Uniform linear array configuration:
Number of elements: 32
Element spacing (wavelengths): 0.25
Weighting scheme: exponential
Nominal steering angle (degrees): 45
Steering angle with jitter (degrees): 44.232
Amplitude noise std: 0.05
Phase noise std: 0.05

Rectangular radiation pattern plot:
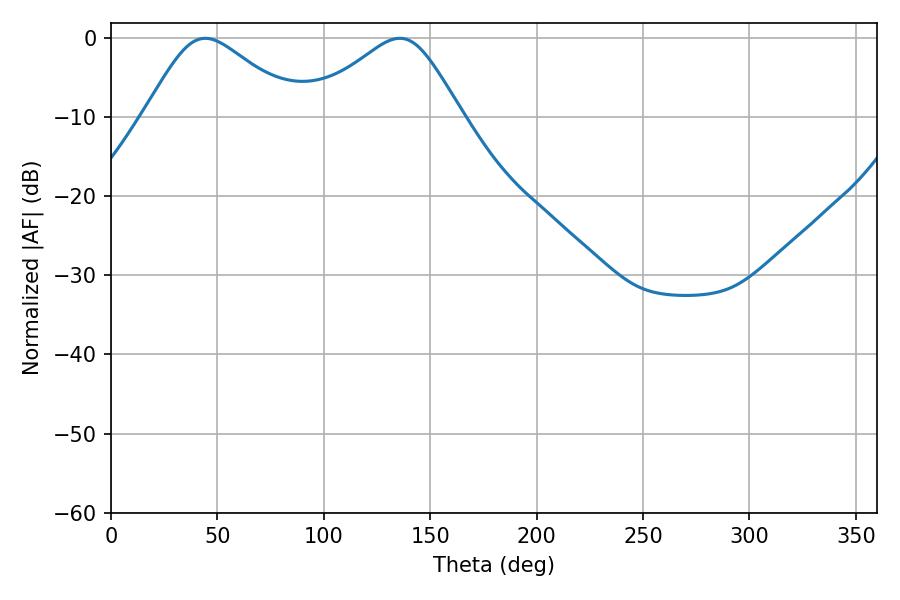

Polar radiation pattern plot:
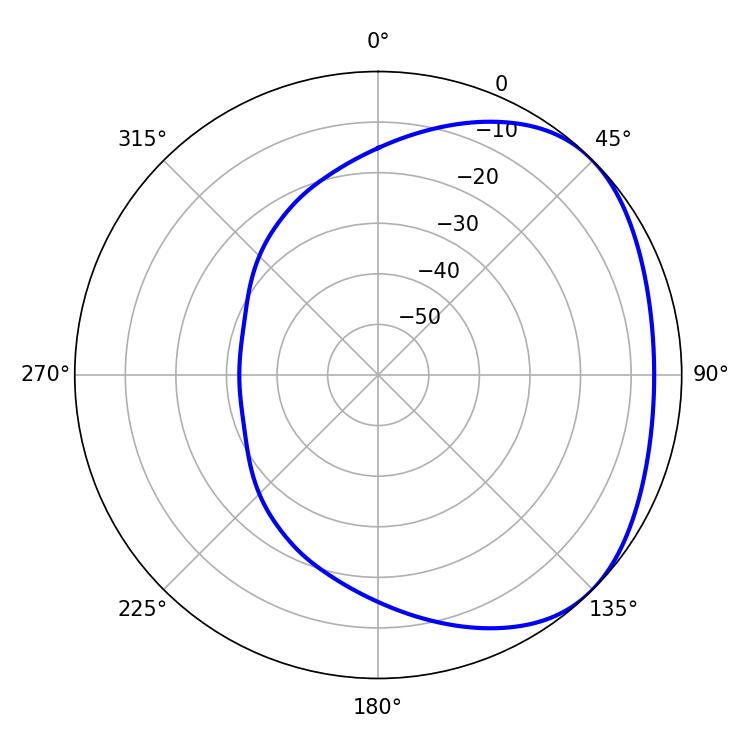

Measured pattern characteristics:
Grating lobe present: FALSE
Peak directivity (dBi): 2.786
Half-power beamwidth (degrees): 35.28
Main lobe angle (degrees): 44.28